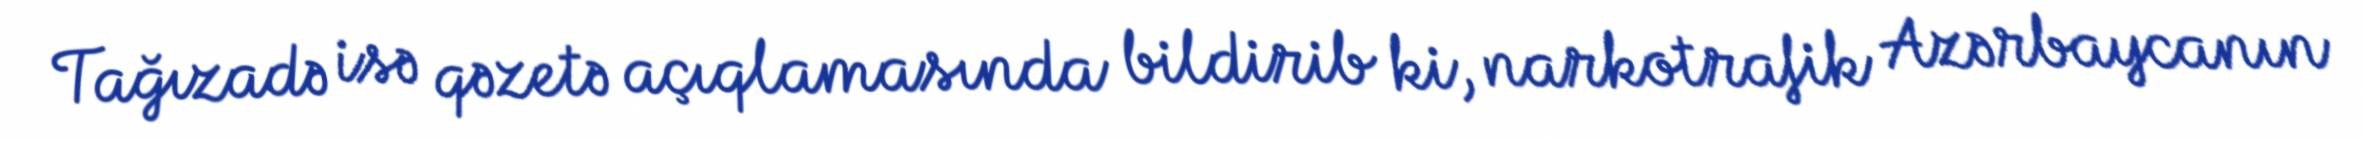
Tağızadə isə qəzetə açıqlamasında bildirib ki, narkotrafik Azərbaycanın